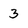
Character: 3